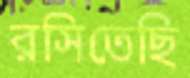
রসিতেছি